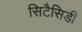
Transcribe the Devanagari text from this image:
सिटैसिडी